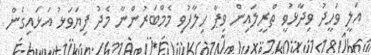
އަލީ ވަހީދު ވިދާޅުވީ ތްރީލައިން ވިޕާ ހިލާފުވި މެމްބަރުންނާ މެދު ފިޔަވަޅު އަޅައިގެން